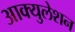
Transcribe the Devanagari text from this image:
आक्युलेशन